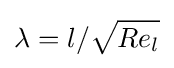
\lambda =l/{\sqrt {Re_{l}}}